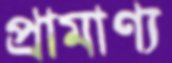
প্রামাণ্য